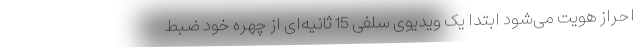
احراز هویت می‌شود ابتدا یک ویدیوی سلفی 15 ثانیه‌ای از چهره خود ضبط